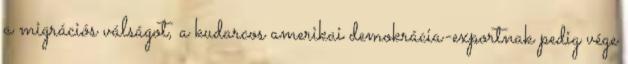
a migrációs válságot, a kudarcos amerikai demokrácia-exportnak pedig vége